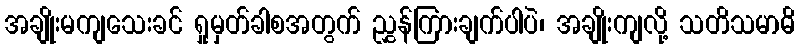
အချိုးမကျသေးခင် ရှုမှတ်ခါစအတွက် ညွှန်ကြားချက်ပါပဲ၊ အချိုးကျလို့ သတိသမာဓိ